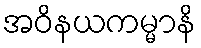
အဝိနယကမ္မာနိ